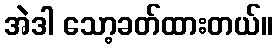
အဲဒါ သော့ခတ်ထားတယ်။